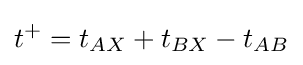
t^{+}=t_{AX}+t_{BX}-t_{AB}